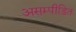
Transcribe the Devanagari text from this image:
असम्पीडित